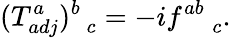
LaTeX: (T_{adj}^{a})_{\; \; c}^{b}=-if_{\; \; \; \; c}^{ab}.